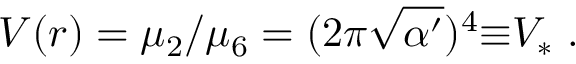
V ( r ) = \mu _ { 2 } / \mu _ { 6 } = ( 2 \pi \sqrt { \alpha ^ { \prime } } ) ^ { 4 } { \equiv } V _ { * } \ .